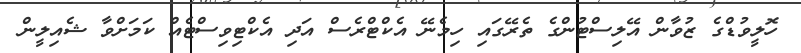
ހޮލީވުޑްގެ ޒުވާން އޭލިސްޓުންގެ ތެރޭގައި ހިމެނޭ އެކްޓްރެސް އަދި އެކްޓިވިސްޓެއް ކަމަށްވާ ޝެއިލީން